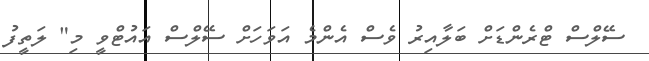
ސޭލްސް ޓްރެންޑަށް ބަލާއިރު ވެސް އެންމެ އަވަހަށް ސޭލްސް އައުޓްވީ މި" ލަތީފު